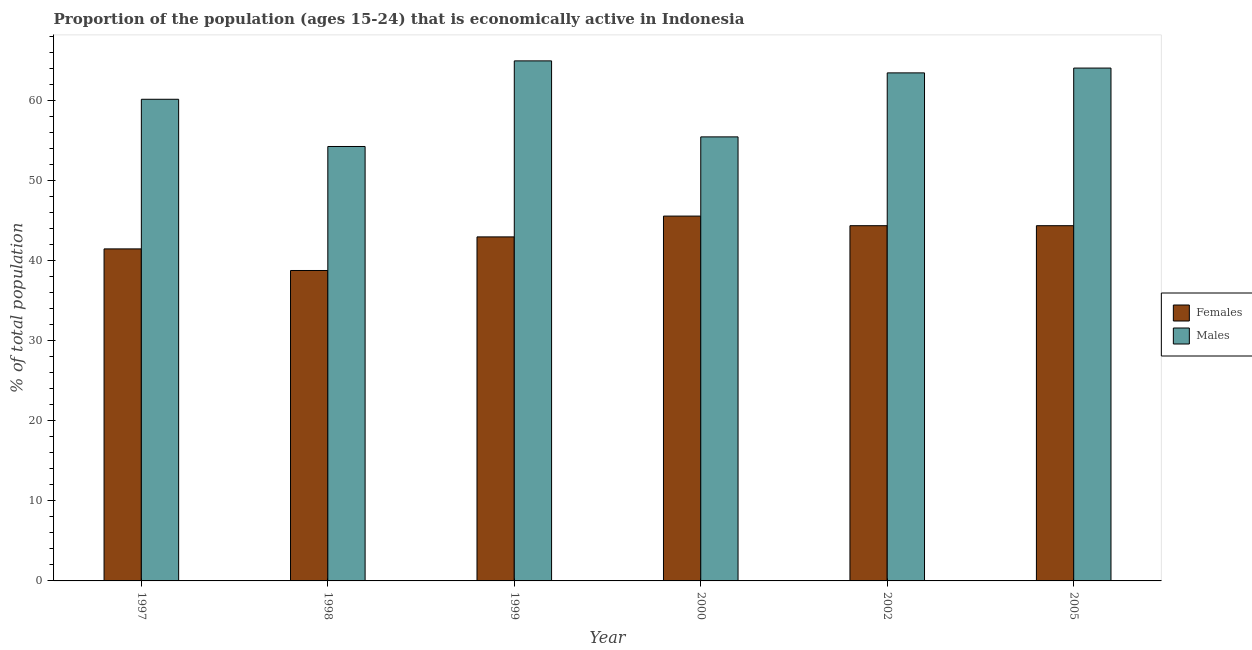
| Year | Females | Males |
 | --- | --- | --- |
 | 1997 | 41.5 | 60.2 |
 | 1998 | 38.8 | 54.3 |
 | 1999 | 43 | 65 |
 | 2000 | 45.6 | 55.5 |
 | 2002 | 44.4 | 63.5 |
 | 2005 | 44.4 | 64.1 |